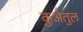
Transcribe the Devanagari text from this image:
कुर्अतुल